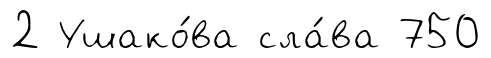
2 Ушако́ва сла́ва 750